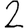
Digit: 2